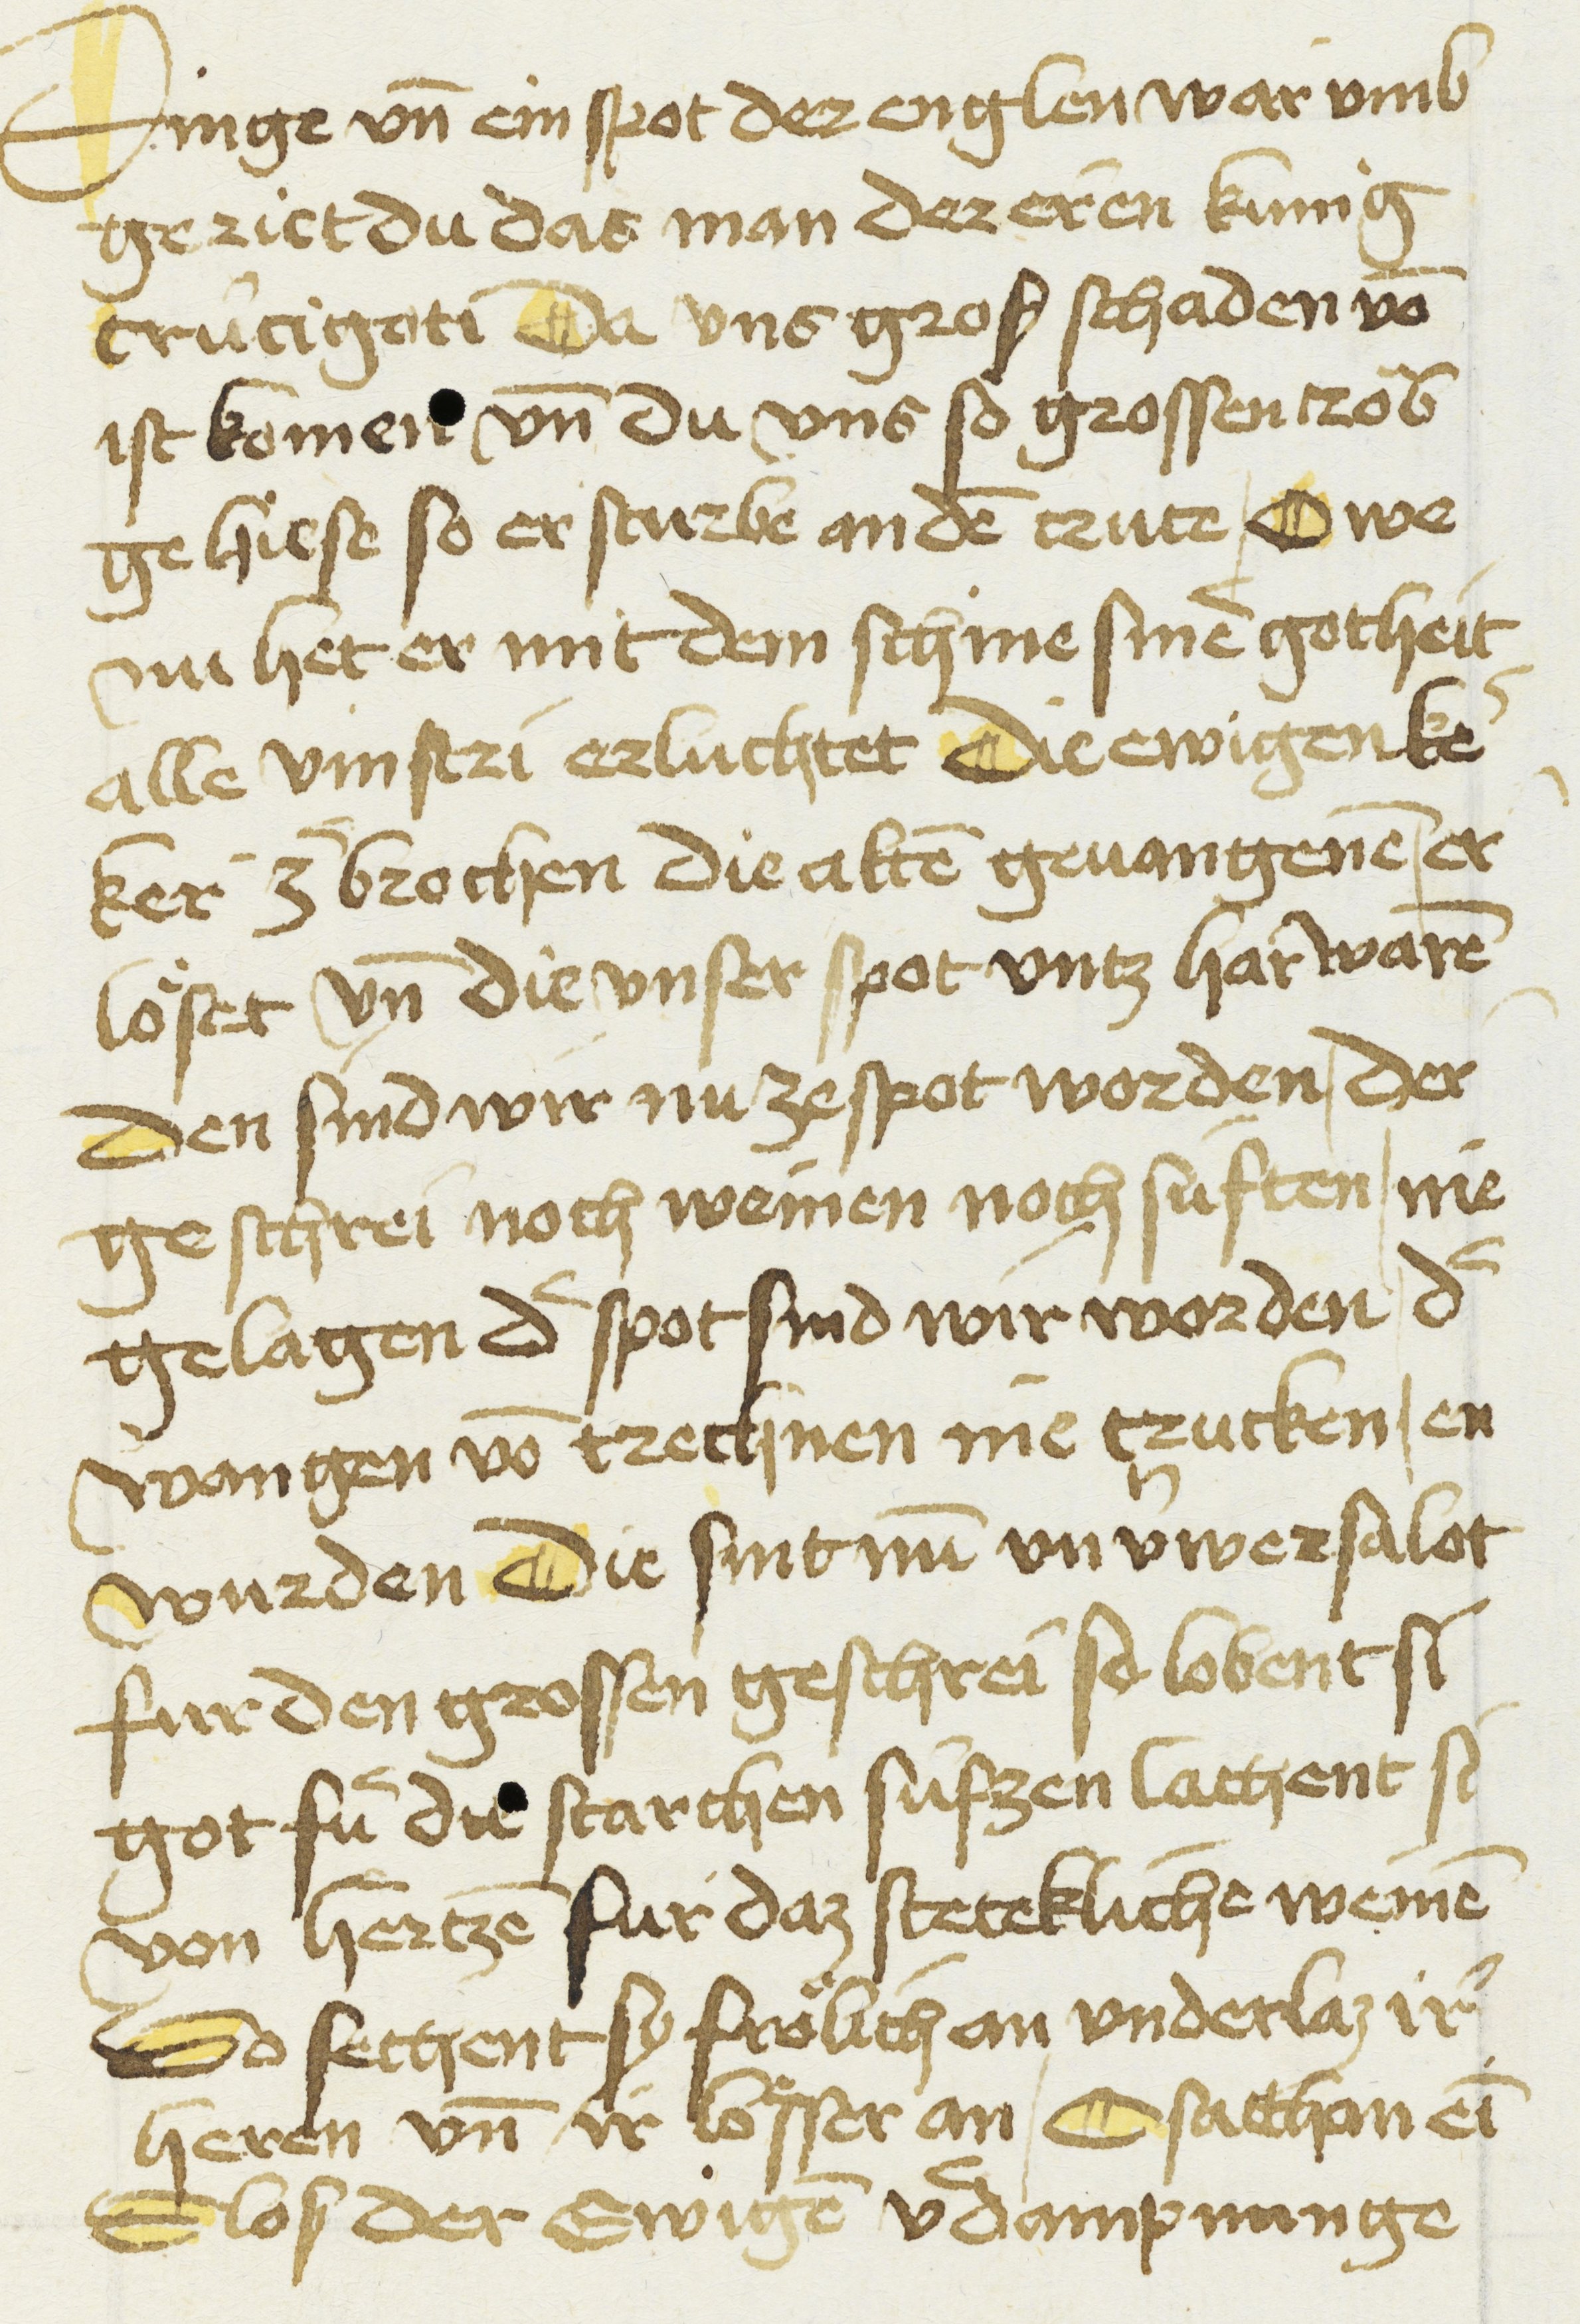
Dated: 1450–1499